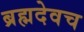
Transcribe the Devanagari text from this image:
ब्रह्मदेवच